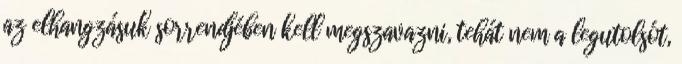
az elhangzásuk sorrendjében kell megszavazni, tehát nem a legutolsót,